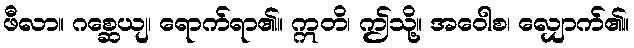
ဖီလာ။ ဂစ္ဆေယျ၊ ရောက်ရာ၏။ ဣတိ၊ ဤသို့။ အဝေါစ၊ လျှောက်၏။